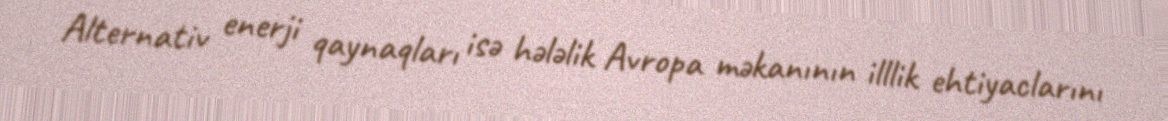
Alternativ enerji qaynaqları isə hələlik Avropa məkanının illlik ehtiyaclarını